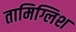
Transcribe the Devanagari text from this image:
तामिग्लिश